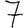
Digit: 7